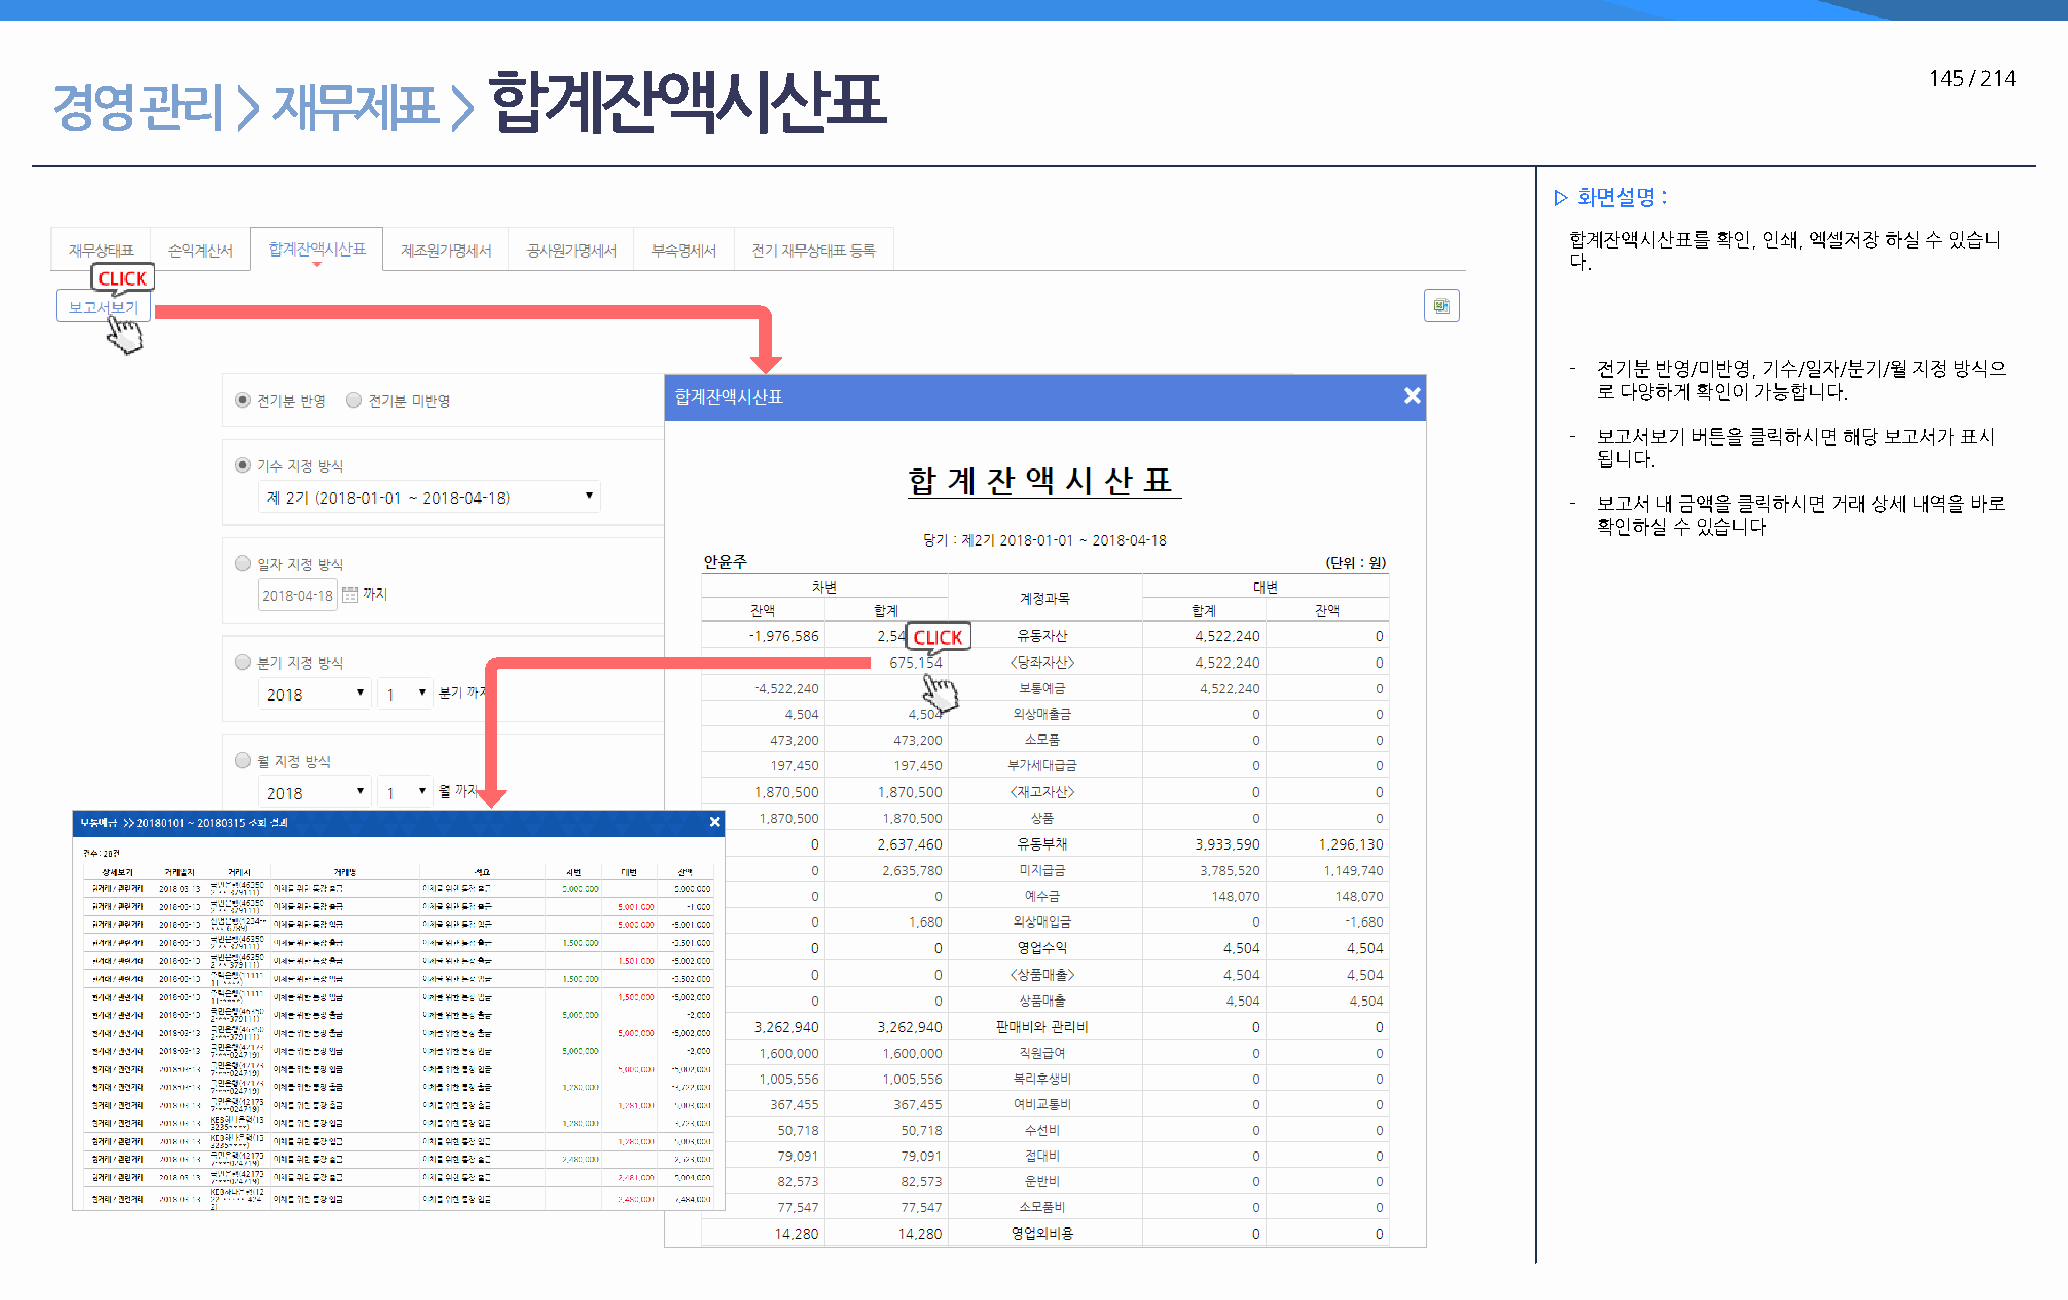
합계잔액시산표                                                                                         145 / 214
 경영    관리     > 재무제표        >
 ▷ 화면설명 :
 합계잔액시산표를  확인, 인쇄, 엑셀저장 하실 수 있습니
 다.
 - 전기분 반영/미반영, 기수/일자/분기/월 지정 방식으
 로 다양하게 확인이 가능합니다.
 - 보고서보기 버튼을 클릭하시면 해당 보고서가 표시
 됩니다.
 - 보고서 내 금액을 클릭하시면 거래 상세 내역을 바로
 확인하실 수 있습니다